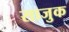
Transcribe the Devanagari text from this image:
साजुक